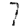
Digit: 7